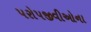
પરોપજીવીઓના